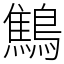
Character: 鷦